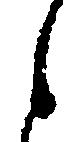
之